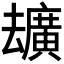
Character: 𪠢